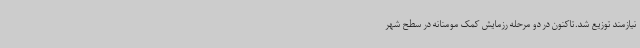
نیازمند توزیع شد.تاکنون در دو مرحله رزمایش کمک مومنانه در سطح شهر